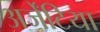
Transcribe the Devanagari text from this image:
अर्जेंटिया